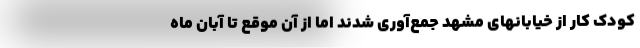
کودک کار از خیابانهای مشهد جمع‌آوری شدند اما از آن موقع تا آبان ماه